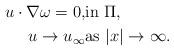
LaTeX: \begin{align*}u\cdot \nabla \omega =0, &\mathrm{in} \, \, \Pi ,\\u\rightarrow u_{\infty} &\mathrm{as} \, \, |x|\rightarrow \infty .\end{align*}